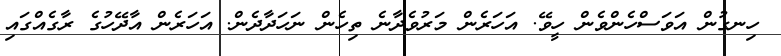
ހިނގުން އަވަސްހެންވެން ހީވޭ. އަހަރެން މަރުވެދާނެ ތިހެން ނަހަދާދެން. އަހަރެން އާދޭހުގެ ރާގެއްގައި